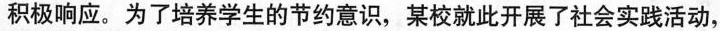
积极响应。为了培养学生的节约意识，某校就此开展了社会实践活动，